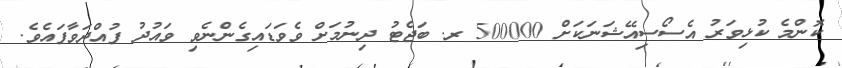
ކޮންމެ ކުޅިވަރު އެސޯސިއޭޝަނަކަށް 500000 ރ. ބަޖެޓު ދިނުމަށް ވެވަޑައިގެންނެވި ވައުދު ފުއްދަވާފައެވެ.